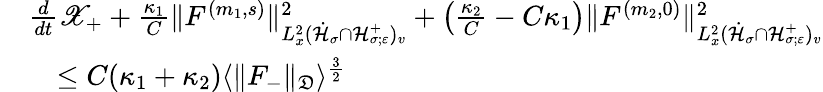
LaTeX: \begin{array}{rl}&{\frac{d}{dt}\mathscr X_{+}+\frac{\kappa_{1}}{C}\| F^{(m_{1},s)}\| _{L_{x}^{2}(\dot{\mathcal H}_{\sigma}\cap\mathcal H_{\sigma;\varepsilon}^{+})_{v}}^{2}+\left(\frac{\kappa_{2}}{C}-C\kappa_{1}\right)\| F^{(m_{2},0)}\| _{L_{x}^{2}(\dot{\mathcal H}_{\sigma}\cap\mathcal H_{\sigma;\varepsilon}^{+})_{v}}^{2}}\\ &{\quad\leq C(\kappa_{1}+\kappa_{2})\langle\| F_{-}\| _{\mathfrak D}\rangle^{\frac{3}{2}}}\end{array}